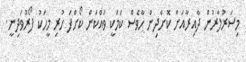
މިސަރުލާރުން ދާއިރާއަށް ކޮށްދިން ހާވެސް ކަމަކީ ވައްކަން ކޯށްފަ ހުރި މީހަކު ފޯރުވަދިނީ.